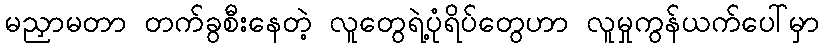
မညှာမတာ တက်ခွစီးနေတဲ့ လူတွေရဲ့ပုံရိပ်တွေဟာ လူမှုကွန်ယက်ပေါ်မှာ